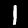
Label: 1